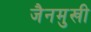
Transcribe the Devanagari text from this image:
जैनमुखी